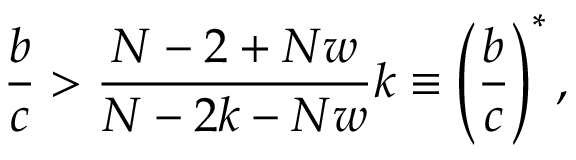
\frac { b } { c } > \frac { N - 2 + N w } { N - 2 k - N w } k \equiv \left( \frac { b } { c } \right) ^ { * } ,